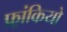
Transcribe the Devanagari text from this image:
फ़्रांकियो